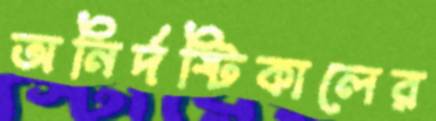
অনির্দষ্টিকালের